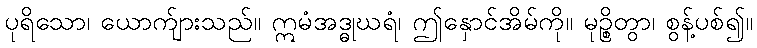
ပုရိသော၊ ယောက်ျားသည်။ ဣမံအဒ္ဓုဃရံ၊ ဤနှောင်အိမ်ကို။ မုဉ္စိတွာ၊ စွန့်ပစ်၍။